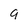
Character: 9